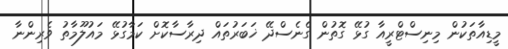
މީޑިއާތަކުން މިނިސްޓްރީއާ ގުޅޭ ގޮތުން ގެނެސްދޭ ޚަބަރުތައް ދިރާސާކޮށް ކަމާގުޅޭ މައުލޫމާތު ވެރިންނާ